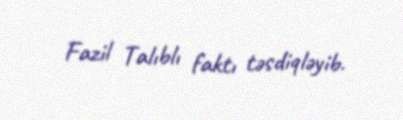
Fazil Talıblı faktı təsdiqləyib.